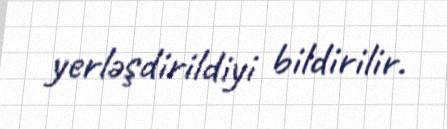
yerləşdirildiyi bildirilir.